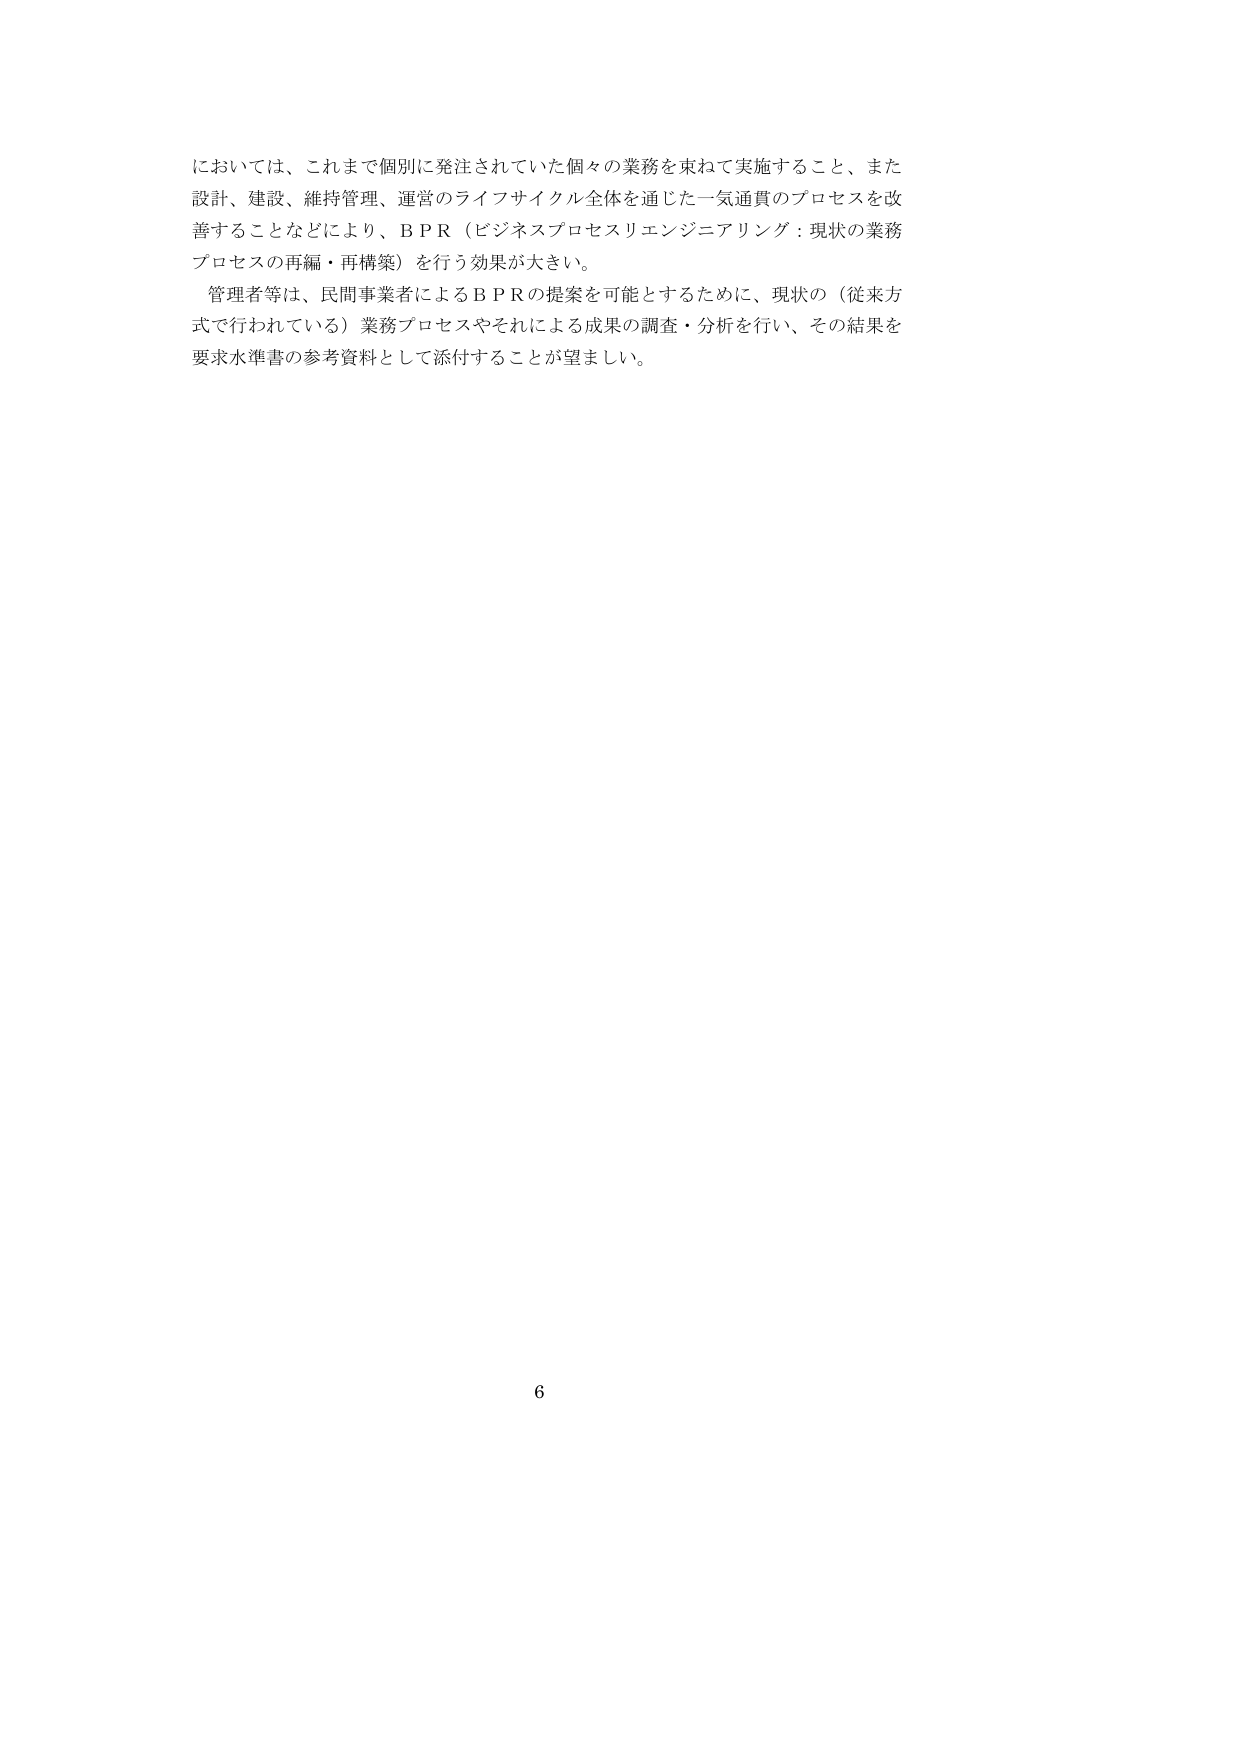
においては、これまで個別に発注されていた個々の業務を束ねて実施すること、また
設計、建設、維持管理、運営のライフサイクル全体を通じた一気通貫のプロセスを改
善することなどにより、ＢＰＲ（ビジネスプロセスリエンジニアリング：現状の業務
プロセスの再編・再構築）を行う効果が大きい。
管理者等は、民間事業者によるＢＰＲの提案を可能とするために、現状の（従来方
式で行われている）業務プロセスやそれによる成果の調査・分析を行い、その結果を
要求水準書の参考資料として添付することが望ましい。

6